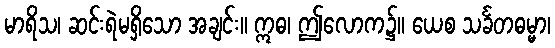
မာရိသ၊ ဆင်းရဲမရှိသော အချင်း။ ဣဓ၊ ဤလောက၌။ ယေစ သင်္ခတဓမ္မာ၊